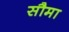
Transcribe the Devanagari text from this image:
सौमा